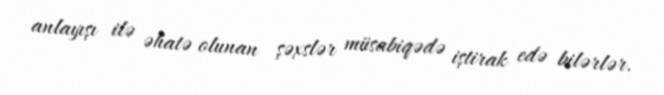
anlayışı ilə əhatə olunan şəxslər müsabiqədə iştirak edə bilərlər.